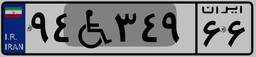
۹۴W۳۴۹۶۶